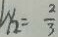
l y _ { 2 } = \frac { 2 } { 3 }